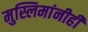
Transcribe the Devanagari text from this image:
मुस्लिमांनीही